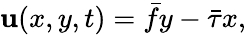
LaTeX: {\mathbf{u}}(x,y,t)=\bar{{f}}y-\bar{{\tau}}x,